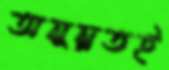
অনুন্নতই